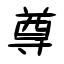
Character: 尊